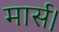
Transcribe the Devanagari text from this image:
मार्स।